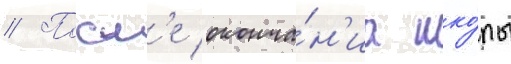
// Посл'е оконча́н'иа шко́лы